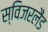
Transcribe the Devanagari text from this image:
स्विजरलैंड